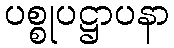
ပစ္စုပဋ္ဌာပနာ